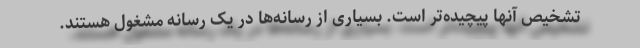
تشخیص آنها پیچیده‌تر است. بسیاری از رسانه‌ها در یک رسانه مشغول هستند.